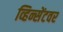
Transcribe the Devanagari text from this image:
व्हिन्सेंटवर